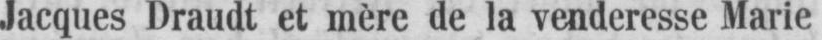
Jacques Draudt et mère de la venderesse Marie